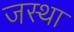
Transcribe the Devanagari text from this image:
जस्था